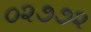
૦૨૭૭૨